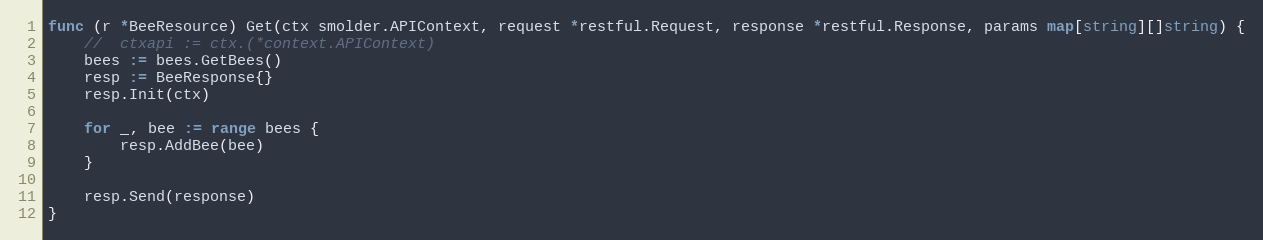
Language: Go
func (r *BeeResource) Get(ctx smolder.APIContext, request *restful.Request, response *restful.Response, params map[string][]string) {
	//	ctxapi := ctx.(*context.APIContext)
	bees := bees.GetBees()
	resp := BeeResponse{}
	resp.Init(ctx)

	for _, bee := range bees {
		resp.AddBee(bee)
	}

	resp.Send(response)
}